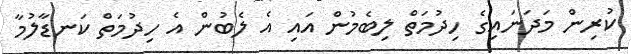
ކުރިން މަދަނައިގެ ހިދުމަތް ލިބެމުން އައި އެ ލެބުން އެ ހިދުމަތް ކަނޑާލުމާ